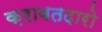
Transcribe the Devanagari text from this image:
क़राबतदारो